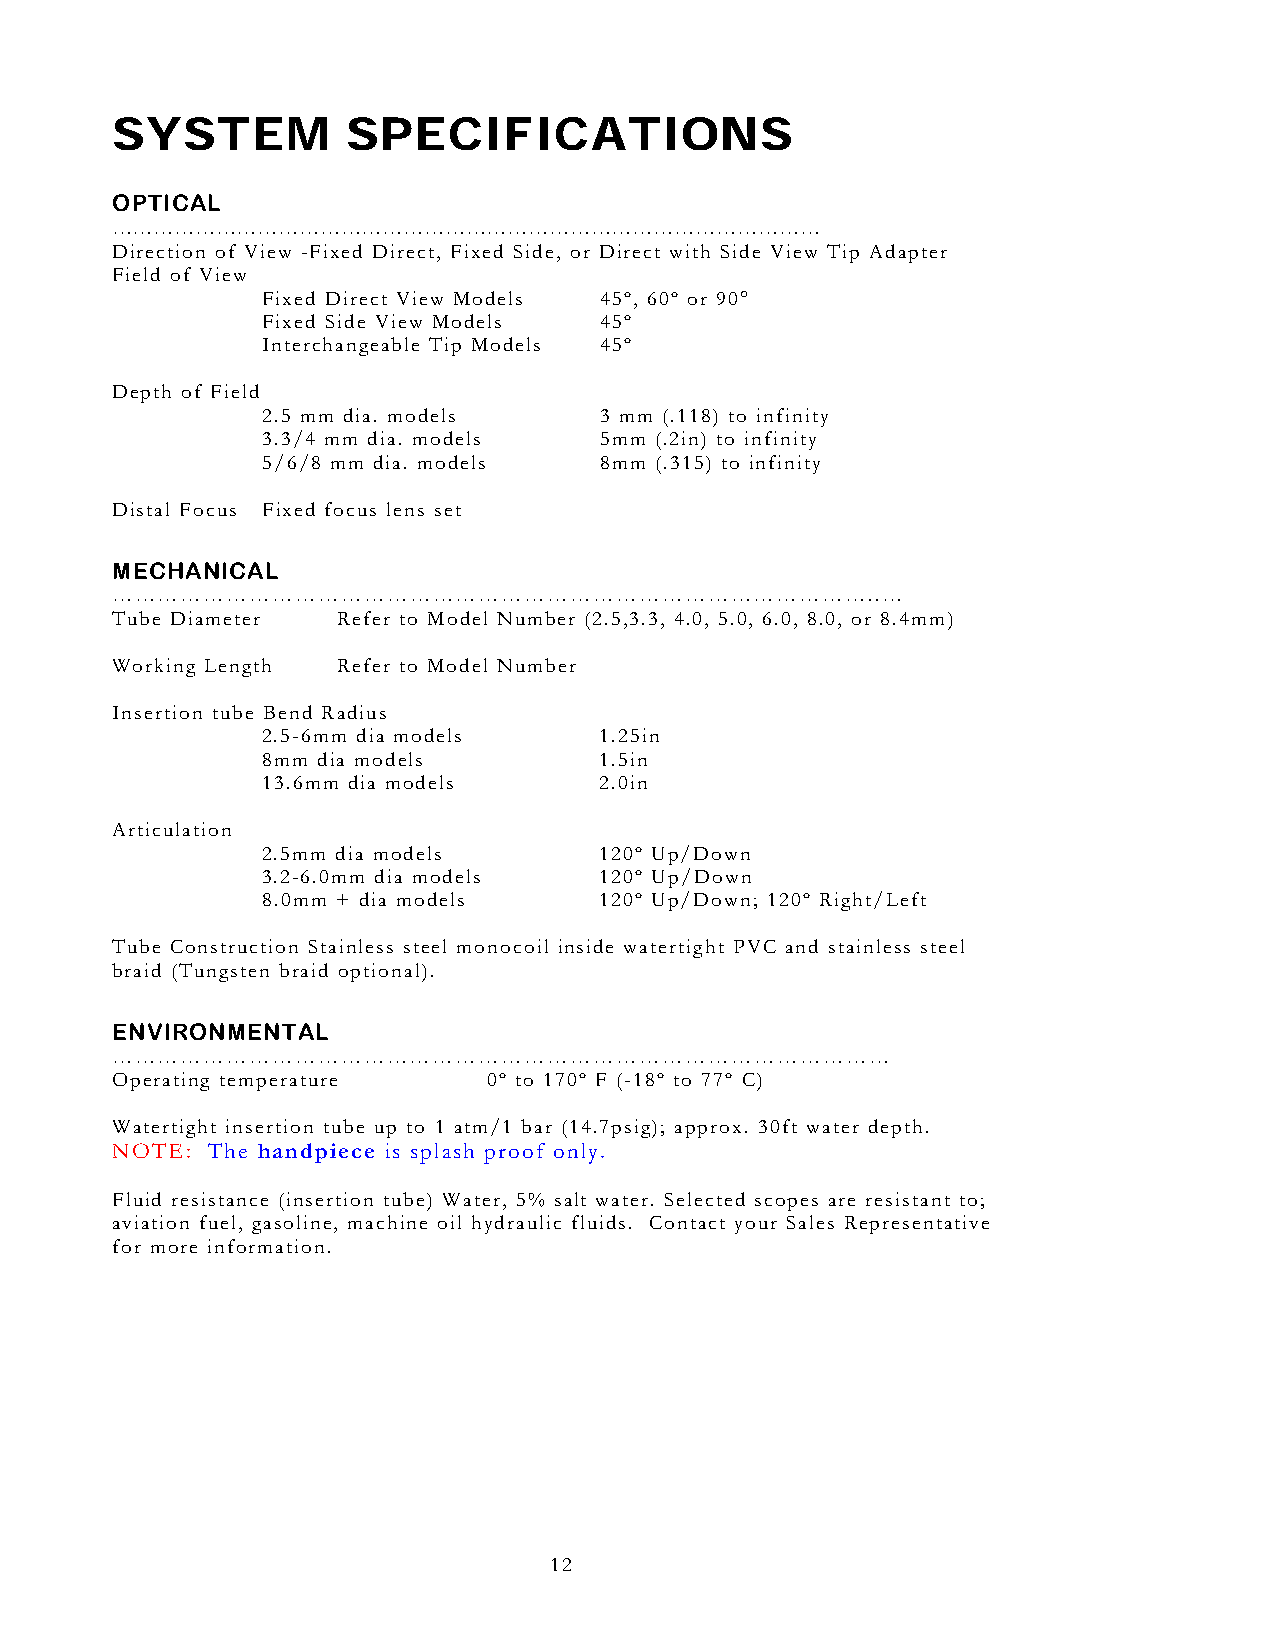
SYSTEM          SPECIFICATIONS
 OPTICAL
 …………………………………………………………………………………………
 Direction of View -Fixed Direct, Fixed Side, or Direct with Side View Tip Adapter
 Field of View
 Fixed Direct View Models 45º, 60º or 90°
 Fixed Side View Models 45º
 Interchangeable Tip Models 45º
 Depth of Field
 2.5 mm dia. models     3 mm (.118) to infinity
 3.3/4 mm dia. models   5mm (.2in) to infinity
 5/6/8 mm dia. models   8mm (.315) to infinity
 Distal Focus Fixed focus lens set
 MECHANICAL
 ………………………………………………………………………………………..…
 Tube Diameter  Refer to Model Number (2.5,3.3, 4.0, 5.0, 6.0, 8.0, or 8.4mm)
 Working Length Refer to Model Number
 Insertion tube Bend Radius
 2.5-6mm dia models     1.25in
 8mm dia models         1.5in
 13.6mm dia models      2.0in
 Articulation
 2.5mm dia models       120º Up/Down
 3.2-6.0mm dia models   120º Up/Down
 8.0mm + dia models     120º Up/Down; 120º Right/Left
 Tube Construction Stainless steel monocoil inside watertight PVC and stainless steel
 braid (Tungsten braid optional).
 ENVIRONMENTAL
 …………………………………………………………………………………………
 Operating temperature    0º to 170º F (-18º to 77º C)
 Watertight insertion tube up to 1 atm/1 bar (14.7psig); approx. 30ft water depth.
 NOTE:  The handpiece is splash proof only.
 Fluid resistance (insertion tube) Water, 5% salt water. Selected scopes are resistant to;
 aviation fuel, gasoline, machine oil hydraulic fluids. Contact your Sales Representative
 for more information.
 12